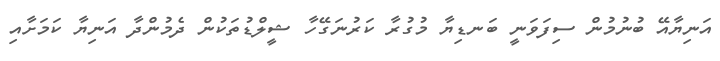
އަނިޔާއޭ ބުނުމުން ސިފަވަނީ ބަނޑިޔާ މުގުރާ ކަރުނަގޭހާ ޝީލްޑުތަކުން ދެމުންދާ އަނިޔާ ކަމަށާއި